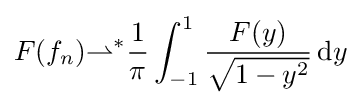
F(f_{n}){\rightharpoonup }^{*}{\frac {1}{\pi }}\int _{-1}^{1}{\frac {F(y)}{\sqrt {1-y^{2}}}}\,{\text{d}}y